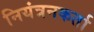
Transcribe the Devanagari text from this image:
नियंत्रनकर्ता